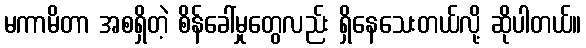
မကာမိတာ အစရှိတဲ့ စိန်ခေါ်မှုတွေလည်း ရှိနေသေးတယ်လို့ ဆိုပါတယ်။